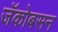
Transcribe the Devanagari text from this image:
जॅकोबसन